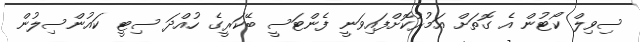
ސިވިލް ކޯޓުން އެ ގޮތަށް އަމުރުކޮށްފައިވަނީ ފެންޓަސީ ބޭކަރީގެ ހުއްދަ ސިޓީ ކައުންސިލުން